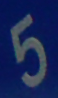
5